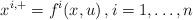
LaTeX: \begin{align*}x^{i,+}=f^{i}(x,u)\,,i=1,\dots,n\end{align*}